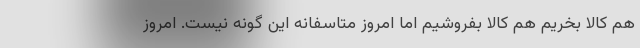
هم کالا بخریم هم کالا بفروشیم اما امروز متاسفانه این گونه نیست. امروز